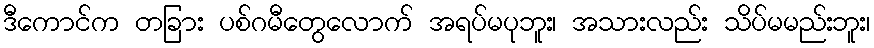
ဒီကောင်က တခြား ပစ်ဂမီတွေလောက် အရပ်မပုဘူး၊ အသားလည်း သိပ်မမည်းဘူး၊